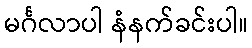
မင်္ဂလာပါ နံနက်ခင်းပါ။